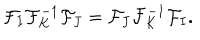
{ \cal F } _ { I } { \cal F } _ { K } ^ { - 1 } { \cal F } _ { J } = { \cal F } _ { J } { \cal F } _ { K } ^ { - 1 } { \cal F } _ { I } .